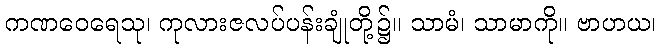
ကဏဝေရေသု၊ ကုလားဇလပ်ပန်းချုံတို့၌။ သာမံ၊ သာမာကို။ ဗာဟယ၊